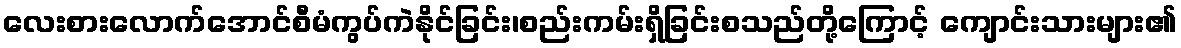
လေးစားလောက်အောင်စီမံကွပ်ကဲနိုင်ခြင်း၊စည်းကမ်းရှိခြင်းစသည်တို့ကြောင့် ကျောင်းသားများ၏